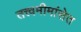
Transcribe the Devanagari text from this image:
तत्त्वमीमांसेत